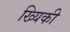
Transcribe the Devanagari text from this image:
ख्यिकी